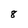
Character: 8